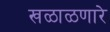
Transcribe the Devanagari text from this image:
खळाळणारे